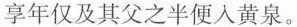
享年仅及其父之半便入黄泉。